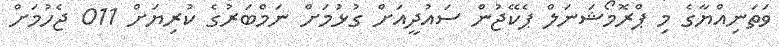
ވަތަނިއްޔާގެ މި ޕްރޮމޯޝަނަލް ޕެކޭޖުން ސައުދީއަށް ގުޅުމަށް ނަމްބަރުގެ ކުރިޔަށް 011 ޖެހުމަށް